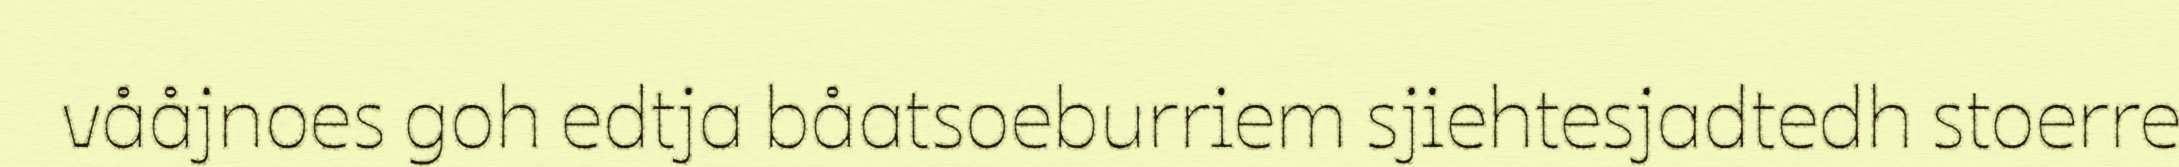
vååjnoes goh edtja båatsoeburriem sjiehtesjadtedh stoerre